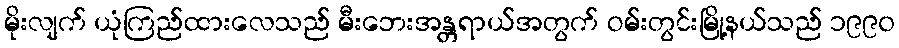
မိုးလျက် ယုံကြည်ထားလေသည် မီးဘေးအန္တရာယ်အတွက် ဝမ်းတွင်းမြို့နယ်သည် ၁၉၉၀